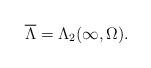
LaTeX: \begin{align*}\overline{\Lambda}= \Lambda_{2}(\infty,\Omega).\end{align*}